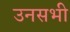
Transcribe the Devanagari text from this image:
उनसभी